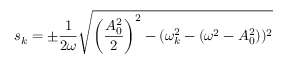
s _ { k } = \pm { \frac { 1 } { 2 \omega } } \sqrt { \left( { \frac { A _ { 0 } ^ { 2 } } { 2 } } \right) ^ { 2 } - ( \omega _ { k } ^ { 2 } - ( \omega ^ { 2 } - A _ { 0 } ^ { 2 } ) ) ^ { 2 } }